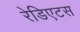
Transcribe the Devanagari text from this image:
रेडिएटस